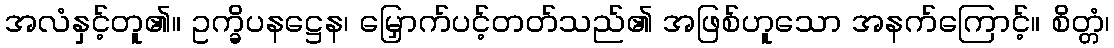
အလံနှင့်တူ၏။ ဥက္ခိပနဋ္ဌေန၊ မြှောက်ပင့်တတ်သည်၏ အဖြစ်ဟူသော အနက်ကြောင့်။ စိတ္တံ၊